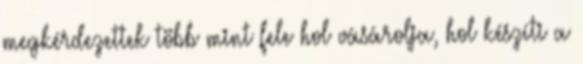
megkérdezettek több mint fele hol vásárolja, hol készíti a